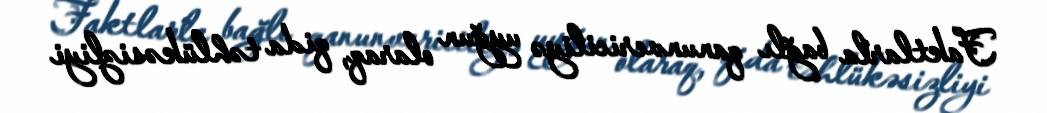
Faktlarla bağlı qanunvericiliyə uyğun olaraq, qida təhlükəsizliyi